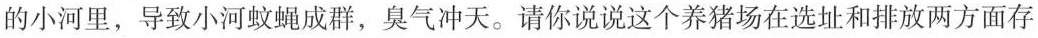
的小河里，导致小河蚊蝇成群，臭气冲天。请你说说这个养猪场在选址和排放两方面存